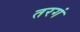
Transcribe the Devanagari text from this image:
तरगं